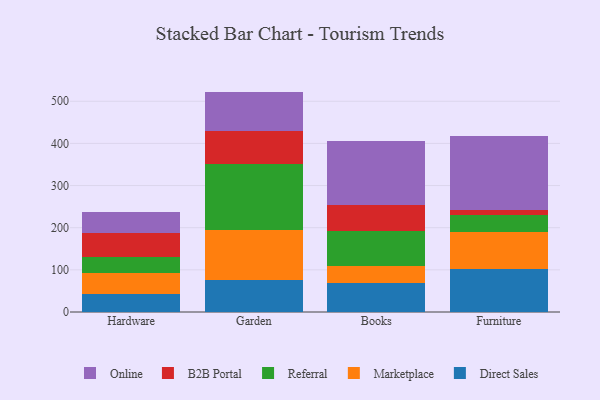
{"axis": {"x": "Category", "y": "Conversion Rate (%)"}, "legend": ["B2B Portal", "Direct Sales", "Marketplace", "Online", "Referral"], "data": [{"x": "Hardware", "y": 42.1, "type": "Direct Sales"}, {"x": "Hardware", "y": 51.5, "type": "Marketplace"}, {"x": "Hardware", "y": 35.8, "type": "Referral"}, {"x": "Hardware", "y": 57.1, "type": "B2B Portal"}, {"x": "Hardware", "y": 50.8, "type": "Online"}, {"x": "Garden", "y": 75.5, "type": "Direct Sales"}, {"x": "Garden", "y": 120.0, "type": "Marketplace"}, {"x": "Garden", "y": 154.5, "type": "Referral"}, {"x": "Garden", "y": 78.7, "type": "B2B Portal"}, {"x": "Garden", "y": 94.2, "type": "Online"}, {"x": "Books", "y": 69.9, "type": "Direct Sales"}, {"x": "Books", "y": 40.0, "type": "Marketplace"}, {"x": "Books", "y": 83.0, "type": "Referral"}, {"x": "Books", "y": 61.5, "type": "B2B Portal"}, {"x": "Books", "y": 151.8, "type": "Online"}, {"x": "Furniture", "y": 102.6, "type": "Direct Sales"}, {"x": "Furniture", "y": 87.0, "type": "Marketplace"}, {"x": "Furniture", "y": 40.8, "type": "Referral"}, {"x": "Furniture", "y": 12.5, "type": "B2B Portal"}, {"x": "Furniture", "y": 174.4, "type": "Online"}]}